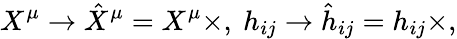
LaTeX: {}X^{\mu}\rightarrow\hat{X}^{\mu}=X^{\mu}\times,\ h_{ij}\rightarrow\hat{h}_{ij}=h_{ij}\times,